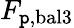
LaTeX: F_{\mathtt{p},{\mathrm{{bal}}}3}